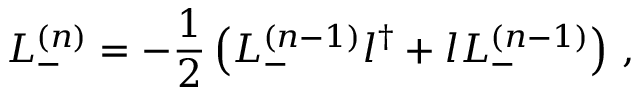
L _ { - } ^ { ( n ) } = - \frac 1 2 \left( L _ { - } ^ { ( n - 1 ) } l ^ { \dag } + l L _ { - } ^ { ( n - 1 ) } \right) \, ,